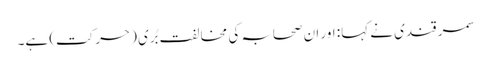
سمر قندی نے کہا: اور ان صحابہ کی مخالفت بُری (حرکت) ہے۔